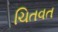
ચિતવત